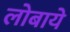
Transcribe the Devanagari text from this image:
लोबाये